Vaccination North-Western Provinces 1866-1877 - 1866-1877
Year: 1866
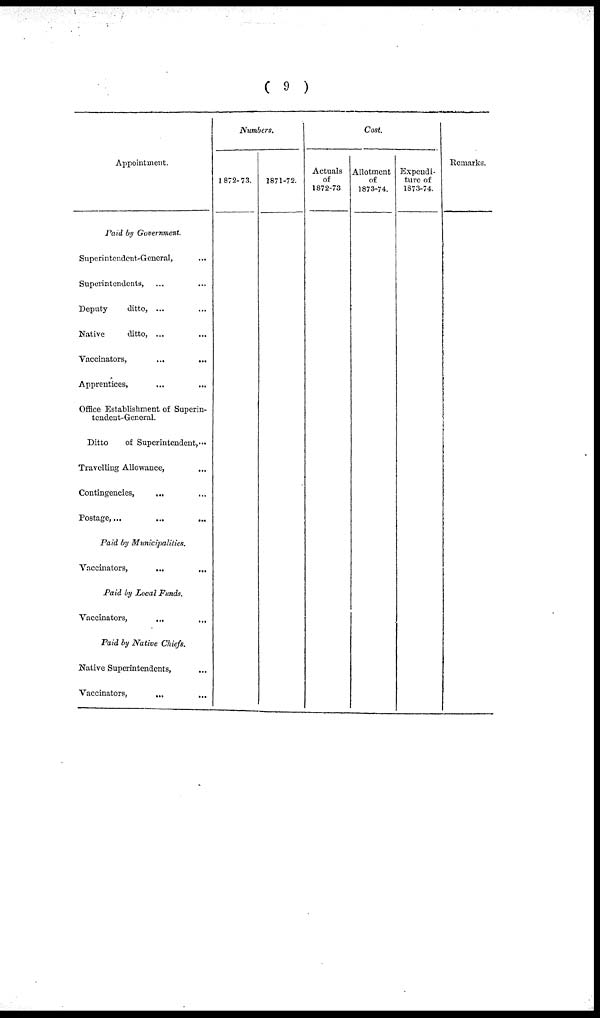
( 9 )
Appointment.
Paid by Government.
Superintendent-General, ...
Superintendents, ... ...
Deputy
ditto, ... ...
Native
ditto, ... ...
Vaccinators,
...
Apprentices, ... ...
Office Establishment of Superin-
tendent-General.
Ditto
of Superintendent, ...
Travelling Allowance, ...
Contingencies, ... ...
Postage,...
...
...
Paid by Municipalities.
Vaccinators,
...
...
Paid by Local Funds.
Vaccinators, ... ...
Paid by Native Chiefs.
Native Superintendents, ...
Vaccinators, ... ...
Numbers.
1872-73.
1871-72.
Cost.
Actuals
of
1872-73
Allotment
of
1873-74.
Expeuditure of
1873-74.
Remarks.